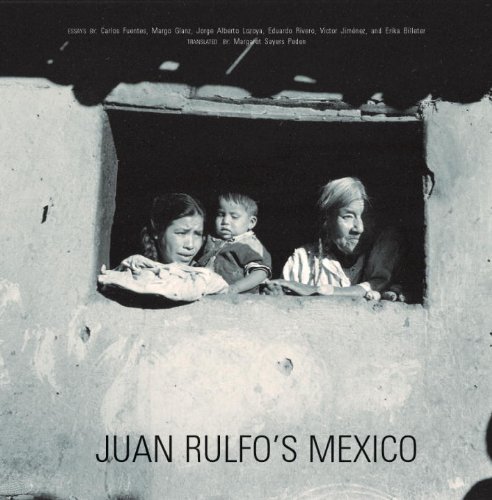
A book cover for Juan Rulfo's Mexico; Arts & Photography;